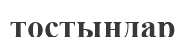
тостыңдар